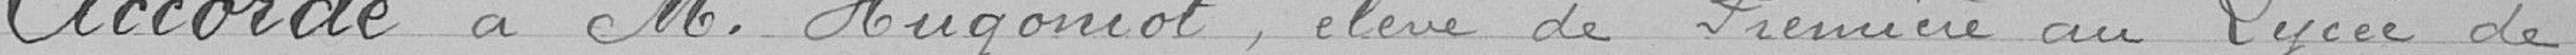
Accorde à Monsieur Hugoniot, élève de Première au lycée de